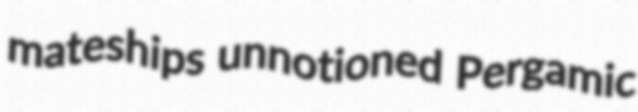
mateships unnotioned Pergamic